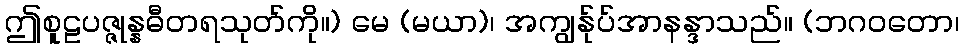
ဤစူဠပဇ္ဇုန္နဓီတရသုတ်ကို။) မေ (မယာ)၊ အကျွန်ုပ်အာနန္ဒာသည်။ (ဘဂဝတော၊